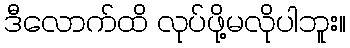
ဒီလောက်ထိ လုပ်ဖို့မလိုပါဘူး။